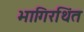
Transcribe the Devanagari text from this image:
भागिरथिंत